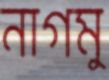
নাগমু